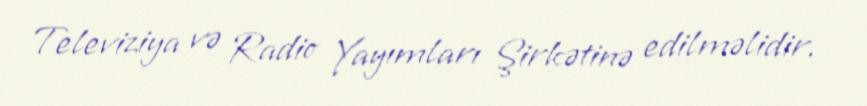
Televiziya və Radio Yayımları Şirkətinə edilməlidir.